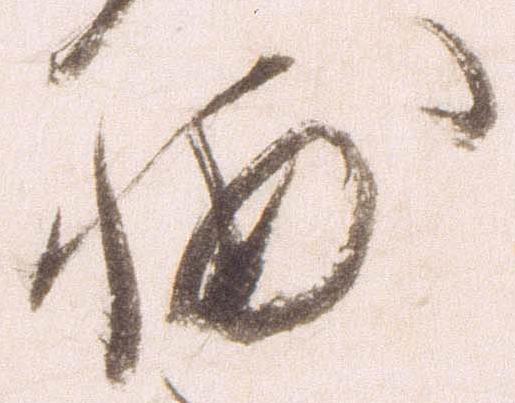
輔